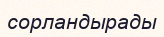
сорландырады